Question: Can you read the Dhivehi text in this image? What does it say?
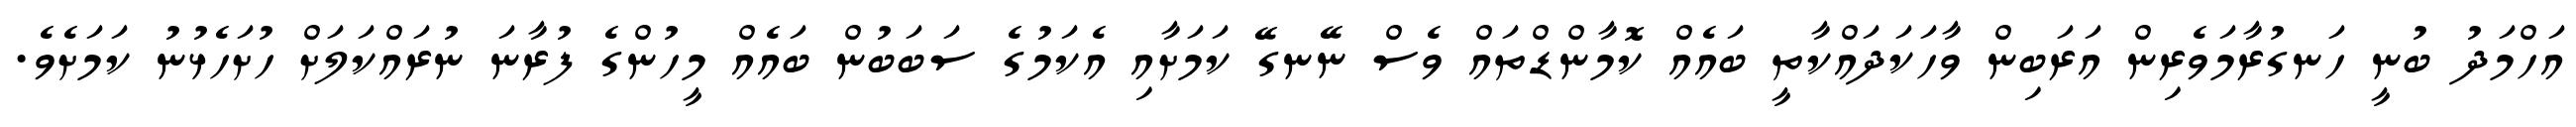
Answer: އަހްމަދު ބުނީ ހަނގުރާމަވެރިން އަރަބިން ވާހަކަދައްކާތީ ބައެއް ކޮމާންޑްތައް ވެސް ނޭނގޭ ކަމަށާއި އެކަމުގެ ސަބަބުން ބައެއް މީހުންގެ ފުރާނަ ނުރައްކަލަށް ހުށަހެޅުނު ކަމަށެވެ.